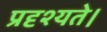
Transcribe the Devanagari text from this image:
प्रदृश्यते।